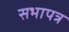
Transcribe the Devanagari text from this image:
सभापत्र